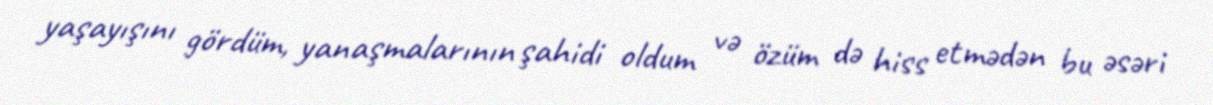
yaşayışını gördüm, yanaşmalarının şahidi oldum və özüm də hiss etmədən bu əsəri